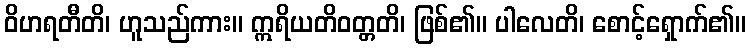
ဝိဟရတီတိ၊ ဟူသည်ကား။ ဣရိယတိဝတ္တတိ၊ ဖြစ်၏။ ပါလေတိ၊ စောင့်ရှောက်၏။